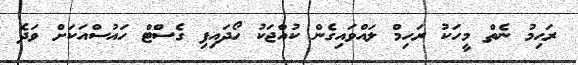
ރަހިމު ނެތް މީހަކު ރަހިމް ލައްވައިގެން ކުއްޖަކު ހޯދައިފި ގެސްޓް ހައުސްއަކަށް ވަދެ